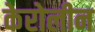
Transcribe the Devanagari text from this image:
केरोलीन